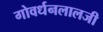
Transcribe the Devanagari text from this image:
गोवर्धनलालजी